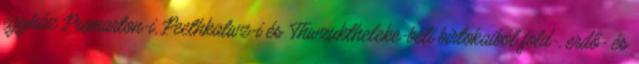
egyház Premarton-i, Peethkalwz-i és Thwzuktheleke-beli birtokaiból föld-, erdő- és